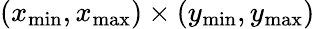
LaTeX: (x_{\mathrm{min}},x_{\mathrm{max}})\times(y_{\mathrm{min}},y_{\mathrm{max}})